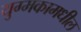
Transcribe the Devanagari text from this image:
युग्मकामधील